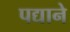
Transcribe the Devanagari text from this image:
पद्याने